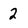
Character: 2